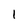
Character: 1